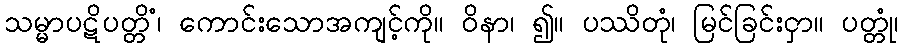
သမ္မာပဋိပတ္တိံ၊ ကောင်းသောအကျင့်ကို။ ဝိနာ၊ ၍။ ပဿိတုံ၊ မြင်ခြင်းငှာ။ ပတ္တုံ၊